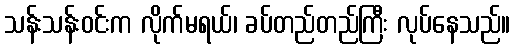
သန်းသန်းဝင်းက လိုက်မရယ်၊ ခပ်တည်တည်ကြီး လုပ်နေသည်။